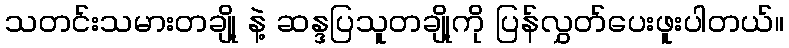
သတင်းသမားတချို့ နဲ့ ဆန္ဒပြသူတချို့ကို ပြန်လွှတ်ပေးဖူးပါတယ်။